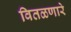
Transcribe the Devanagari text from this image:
वितळणारे